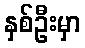
နှစ်ဦးမှာ